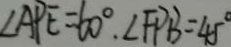
\angle A P E = 6 0 ^ { \circ } . \angle F P B = 4 5 ^ { \circ }